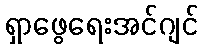
ရှာဖွေရေးအင်ဂျင်